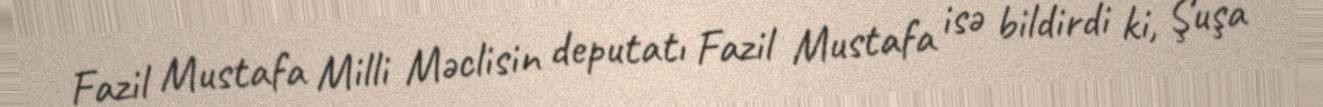
Fazil Mustafa Milli Məclisin deputatı Fazil Mustafa isə bildirdi ki, Şuşa